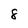
Character: 8